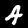
Label: 4